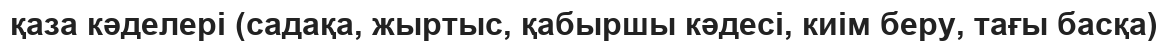
қаза кәделері (садақа, жыртыс, қабыршы кәдесі, киім беру, тағы басқа)